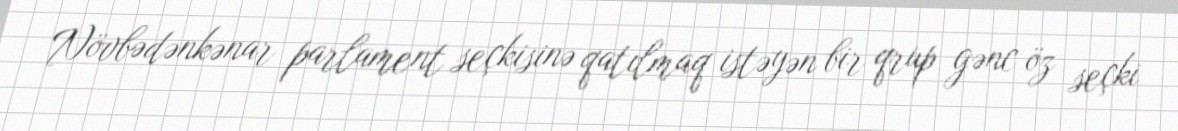
Növbədənkənar parlament seçkisinə qatılmaq istəyən bir qrup gənc öz seçki